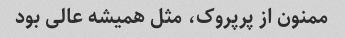
ممنون از پرپروک، مثل همیشه عالی بود